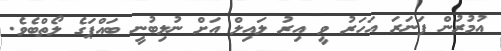
އުމުރުން ފަނަރަ އަހަރު ވީ އިރު ލައިލް އަށް ނުލިބުނީ ބައްޕަގެ ލޯތްބެވެ.